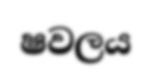
ෂවලය